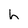
Character: h